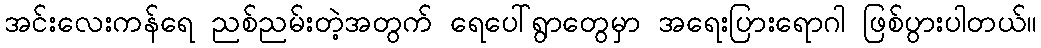
အင်းလေးကန်ရေ ညစ်ညမ်းတဲ့အတွက် ရေပေါ်ရွာတွေမှာ အရေးပြားရောဂါ ဖြစ်ပွားပါတယ်။